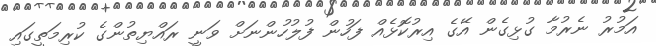
އަމުރު ނެރުމާ ގުޅިގެން އޭގެ އިރުކޮޅެއް ފަހުން ފުލުހުންނަށް ވަނީ ރައްޔިތުންގެ ކުރިމަތީގައި